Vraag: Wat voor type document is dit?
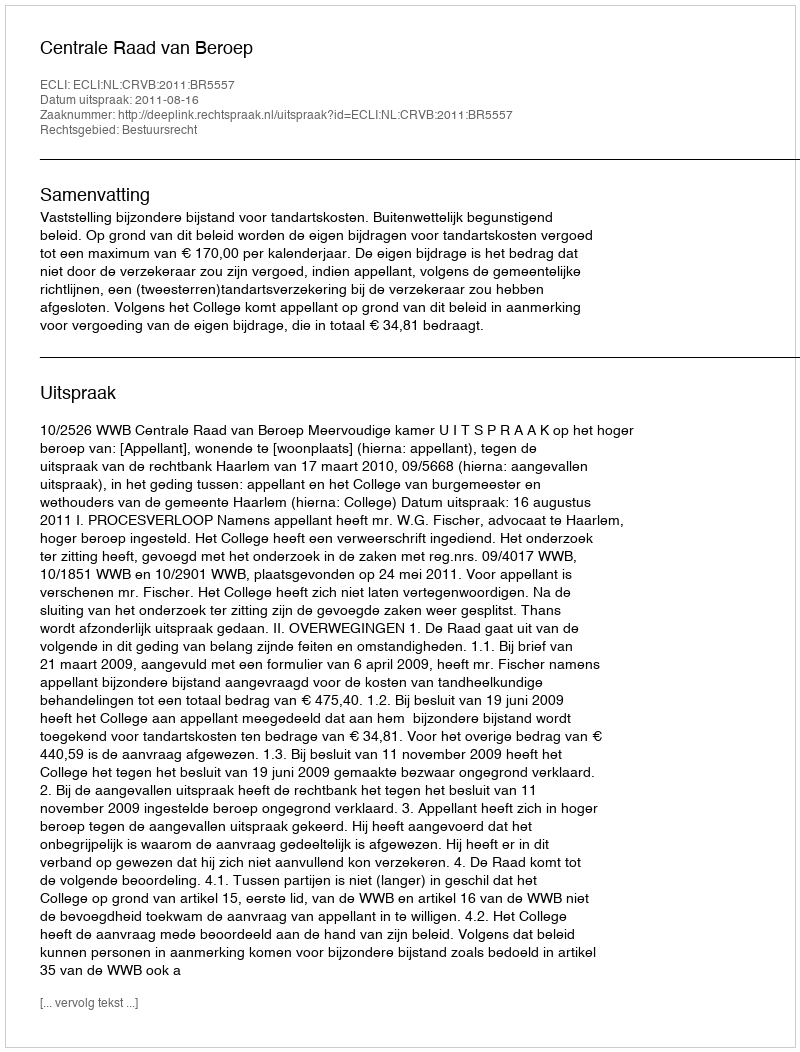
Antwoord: Uitspraak